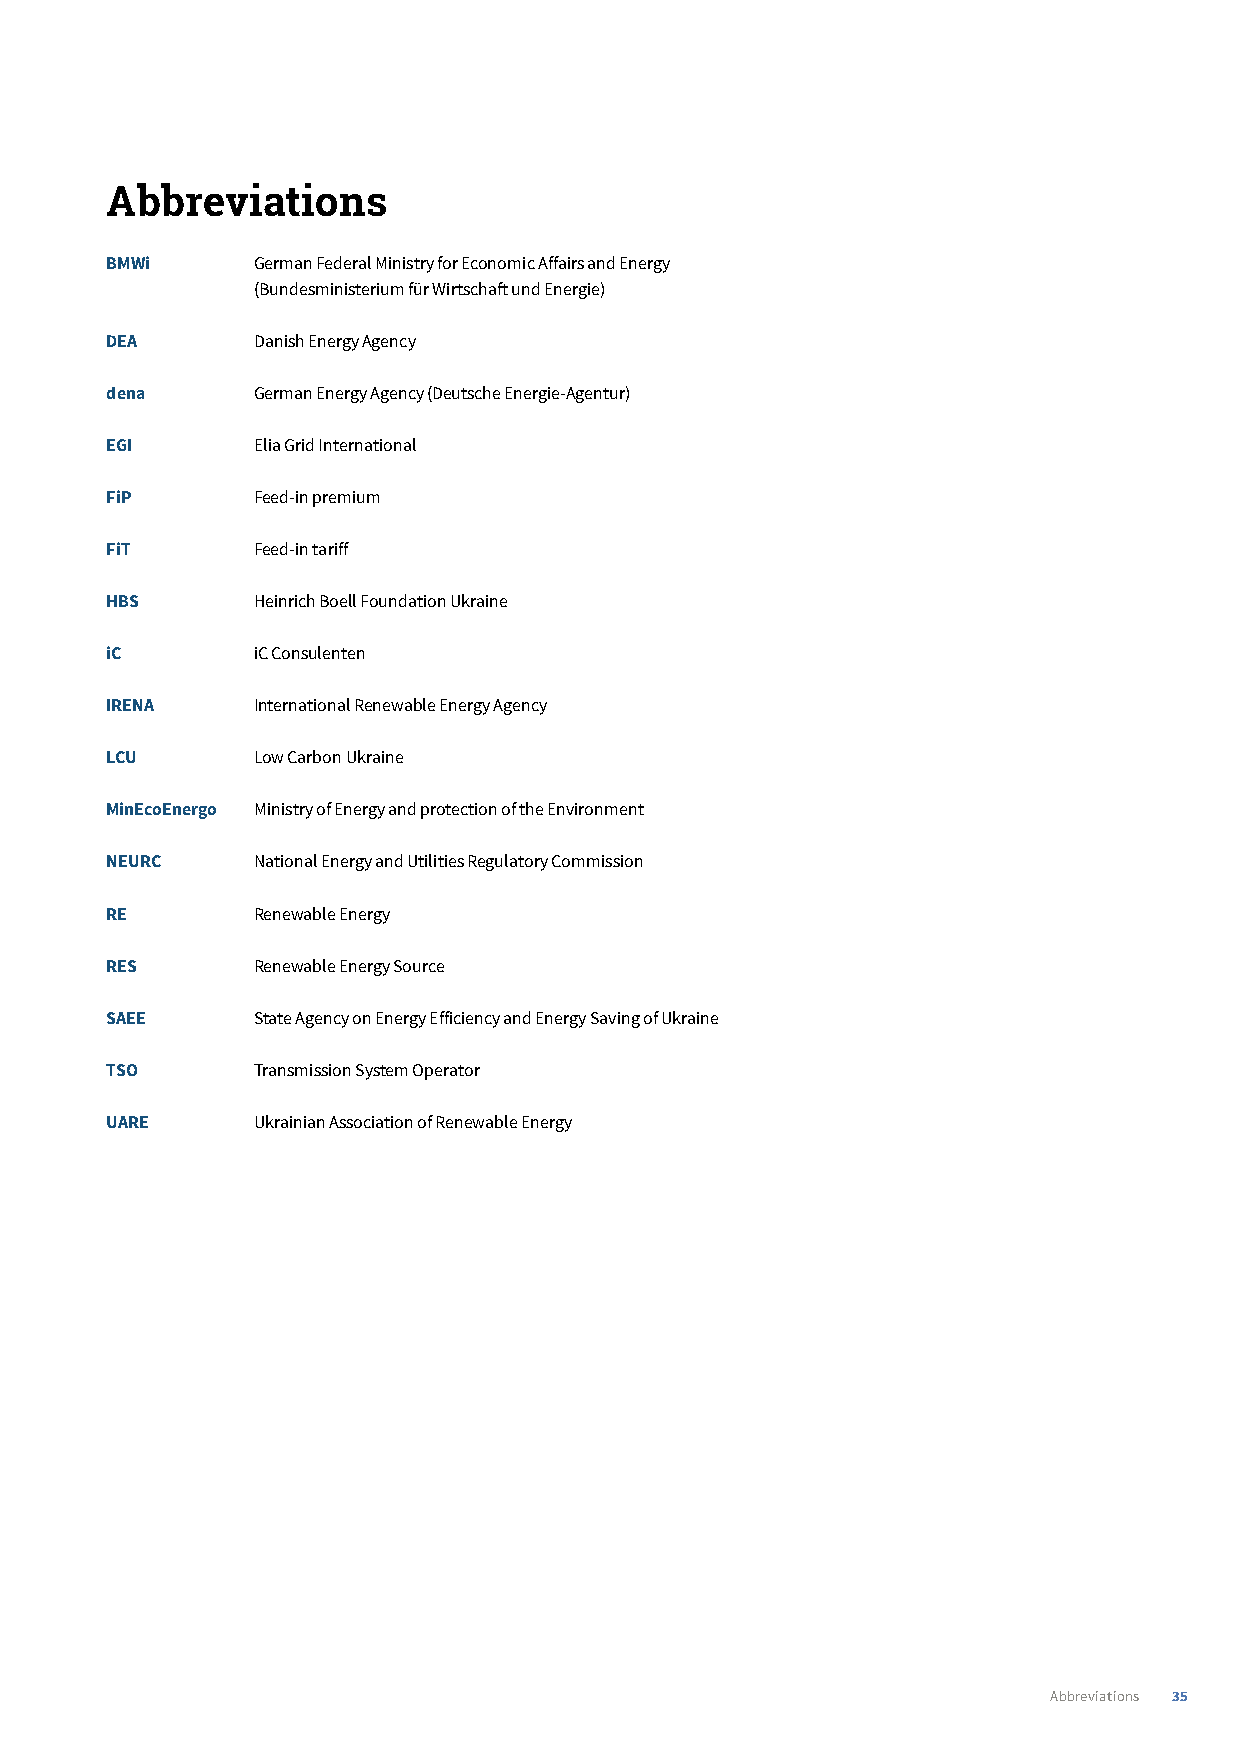
Abbreviations
 BMWi      German Federal Ministry for Economic Affairs and Energy
 (Bundesministerium für Wirtschaft und Energie)
 DEA       Danish Energy Agency
 dena      German Energy Agency (Deutsche Energie-Agentur)
 EGI       Elia Grid International
 FiP       Feed-in premium
 FiT       Feed-in tariff
 HBS       Heinrich Boell Foundation Ukraine
 iC        iC Consulenten
 IRENA     International Renewable Energy Agency
 LCU       Low Carbon Ukraine
 MinEcoEnergo Ministry of Energy and protection of the Environment
 NEURC     National Energy and Utilities Regulatory Commission
 RE        Renewable Energy
 RES       Renewable Energy Source
 SAEE      State Agency on Energy Efficiency and Energy Saving of Ukraine
 TSO       Transmission System Operator
 UARE      Ukrainian Association of Renewable Energy
 Abbreviations 35